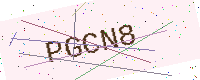
Text: PGCN8